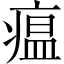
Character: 瘟